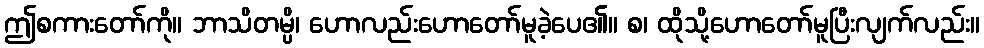
ဤစကားတော်ကို။ ဘာသိတမ္ပိ၊ ဟောလည်းဟောတော်မူခဲ့ပေ၏။ စ၊ ထိုသို့ဟောတော်မူပြီးလျက်လည်း။